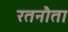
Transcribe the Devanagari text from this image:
रतनौता